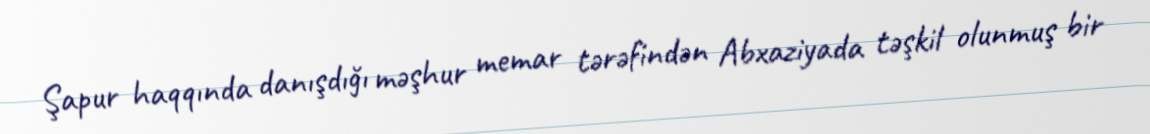
Şapur haqqında danışdığı məşhur memar tərəfindən Abxaziyada təşkil olunmuş bir